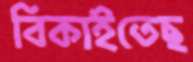
বিকাইতেছ